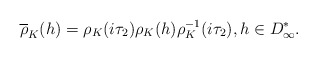
\begin{align*}\overline{\rho}_K(h) = {\rho}_K (i {\tau}_2) {\rho}_K (h){\rho}_K^{-1} (i {\tau}_2), h \in D^*_{\infty}.\end{align*}